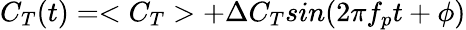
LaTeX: C_{T}(t)=<C_{T}>+\Delta C_{T}sin(2\pi f_{p}t+\phi)